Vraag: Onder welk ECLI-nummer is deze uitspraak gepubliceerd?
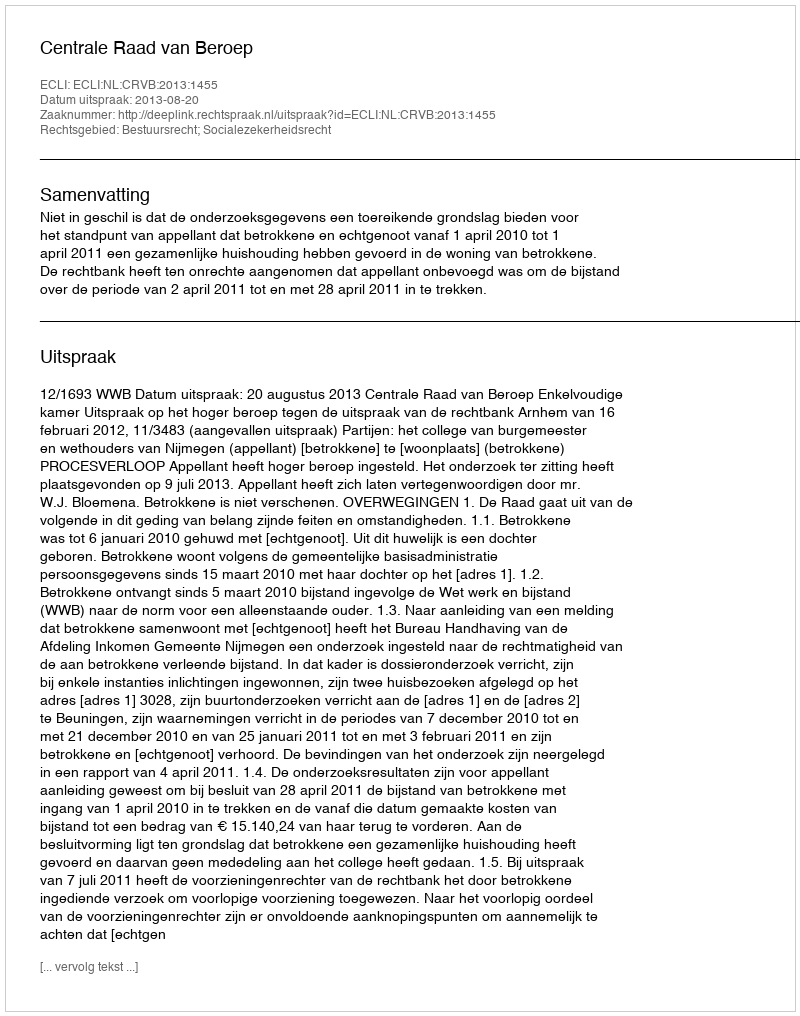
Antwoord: ECLI:NL:CRVB:2013:1455